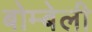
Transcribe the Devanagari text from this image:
बोम्बेली